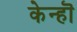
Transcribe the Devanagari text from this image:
केन्हॊ